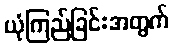
ယုံကြည်ခြင်းအတွက်